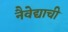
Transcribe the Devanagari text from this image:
नैवेद्याची